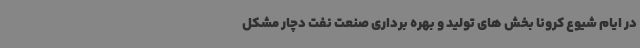
در ایام شیوع کرونا بخش های تولید و بهره برداری صنعت نفت دچار مشکل